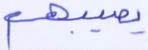
يصيبهم